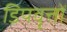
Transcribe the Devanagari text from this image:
डिपवृत्तों